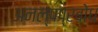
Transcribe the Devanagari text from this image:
अनल्पप्रबोध